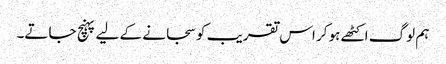
ہم لوگ اکٹھے ہو کر اس تقریب کو سجانے کے لیے پہنچ جاتے۔